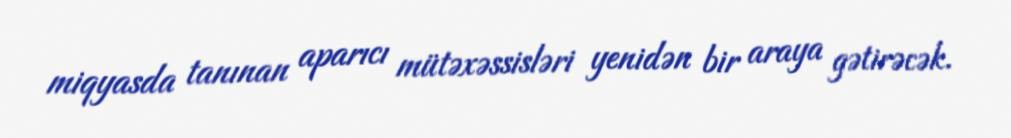
miqyasda tanınan aparıcı mütəxəssisləri yenidən bir araya gətirəcək.